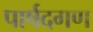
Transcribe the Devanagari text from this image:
पार्षदगण